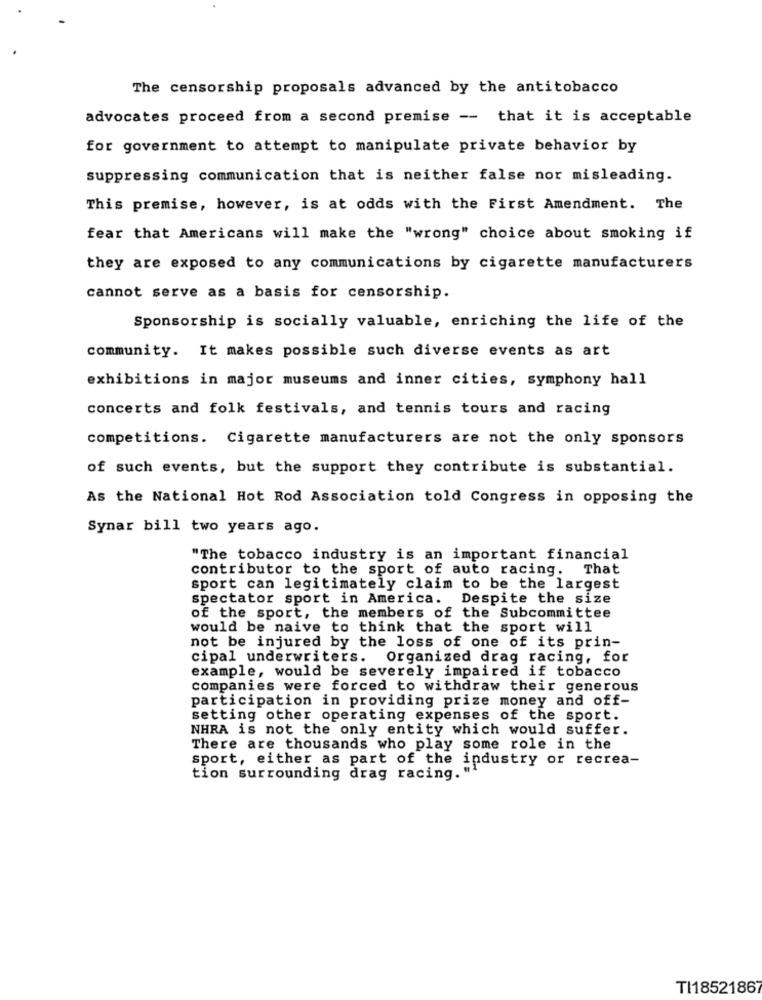
The censorship proposals advanced by the antitobacco
advocates proceed from a second premise -- that it is acceptable
for government to attempt to manipulate private behavior by
suppressing communication that is neither false nor misleading.
This premise, however, is at odds with the First Amendment. The
fear that Americans will make the "wrong" choice about smoking if
they are exposed to any communications by cigarette manufacturers
cannot serve as a basis for censorship.
Sponsorship is socially valuable, enriching the life of the
community. It makes possible such diverse events as art
exhibitions in major museums and inner cities, symphony hall
concerts and folk festivals, and tennis tours and racing
competitions. Cigarette manufacturers are not the only sponsors
of such events, but the support they contribute is substantial.
As the National Hot Rod Association told Congress in opposing the
Synar bill two years ago.
"The tobacco industry is an important financial
contributor to the sport of auto racing.
That
sport can legitimately claim to be the largest
spectator sport in America. Despite the size
of the sport, the members of the Subcommittee
would be naive to think that the sport will
not be injured by the loss of one of its prin-
cipal underwriters. Organized drag racing, for
example, would be severely impaired if tobacco
companies were forced to withdraw their generous
participation in providing prize money and off-
setting other operating expenses of the sport.
NHRA is not the only entity which would suffer.
There are thousands who play some role in the
sport, either as part of the industry or recrea-
tion surrounding drag racing. "1"
TI1852186